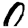
Digit: 0